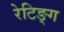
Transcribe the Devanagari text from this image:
रेटिङ्ग